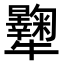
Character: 𤜔